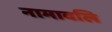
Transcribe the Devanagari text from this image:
नामावलि